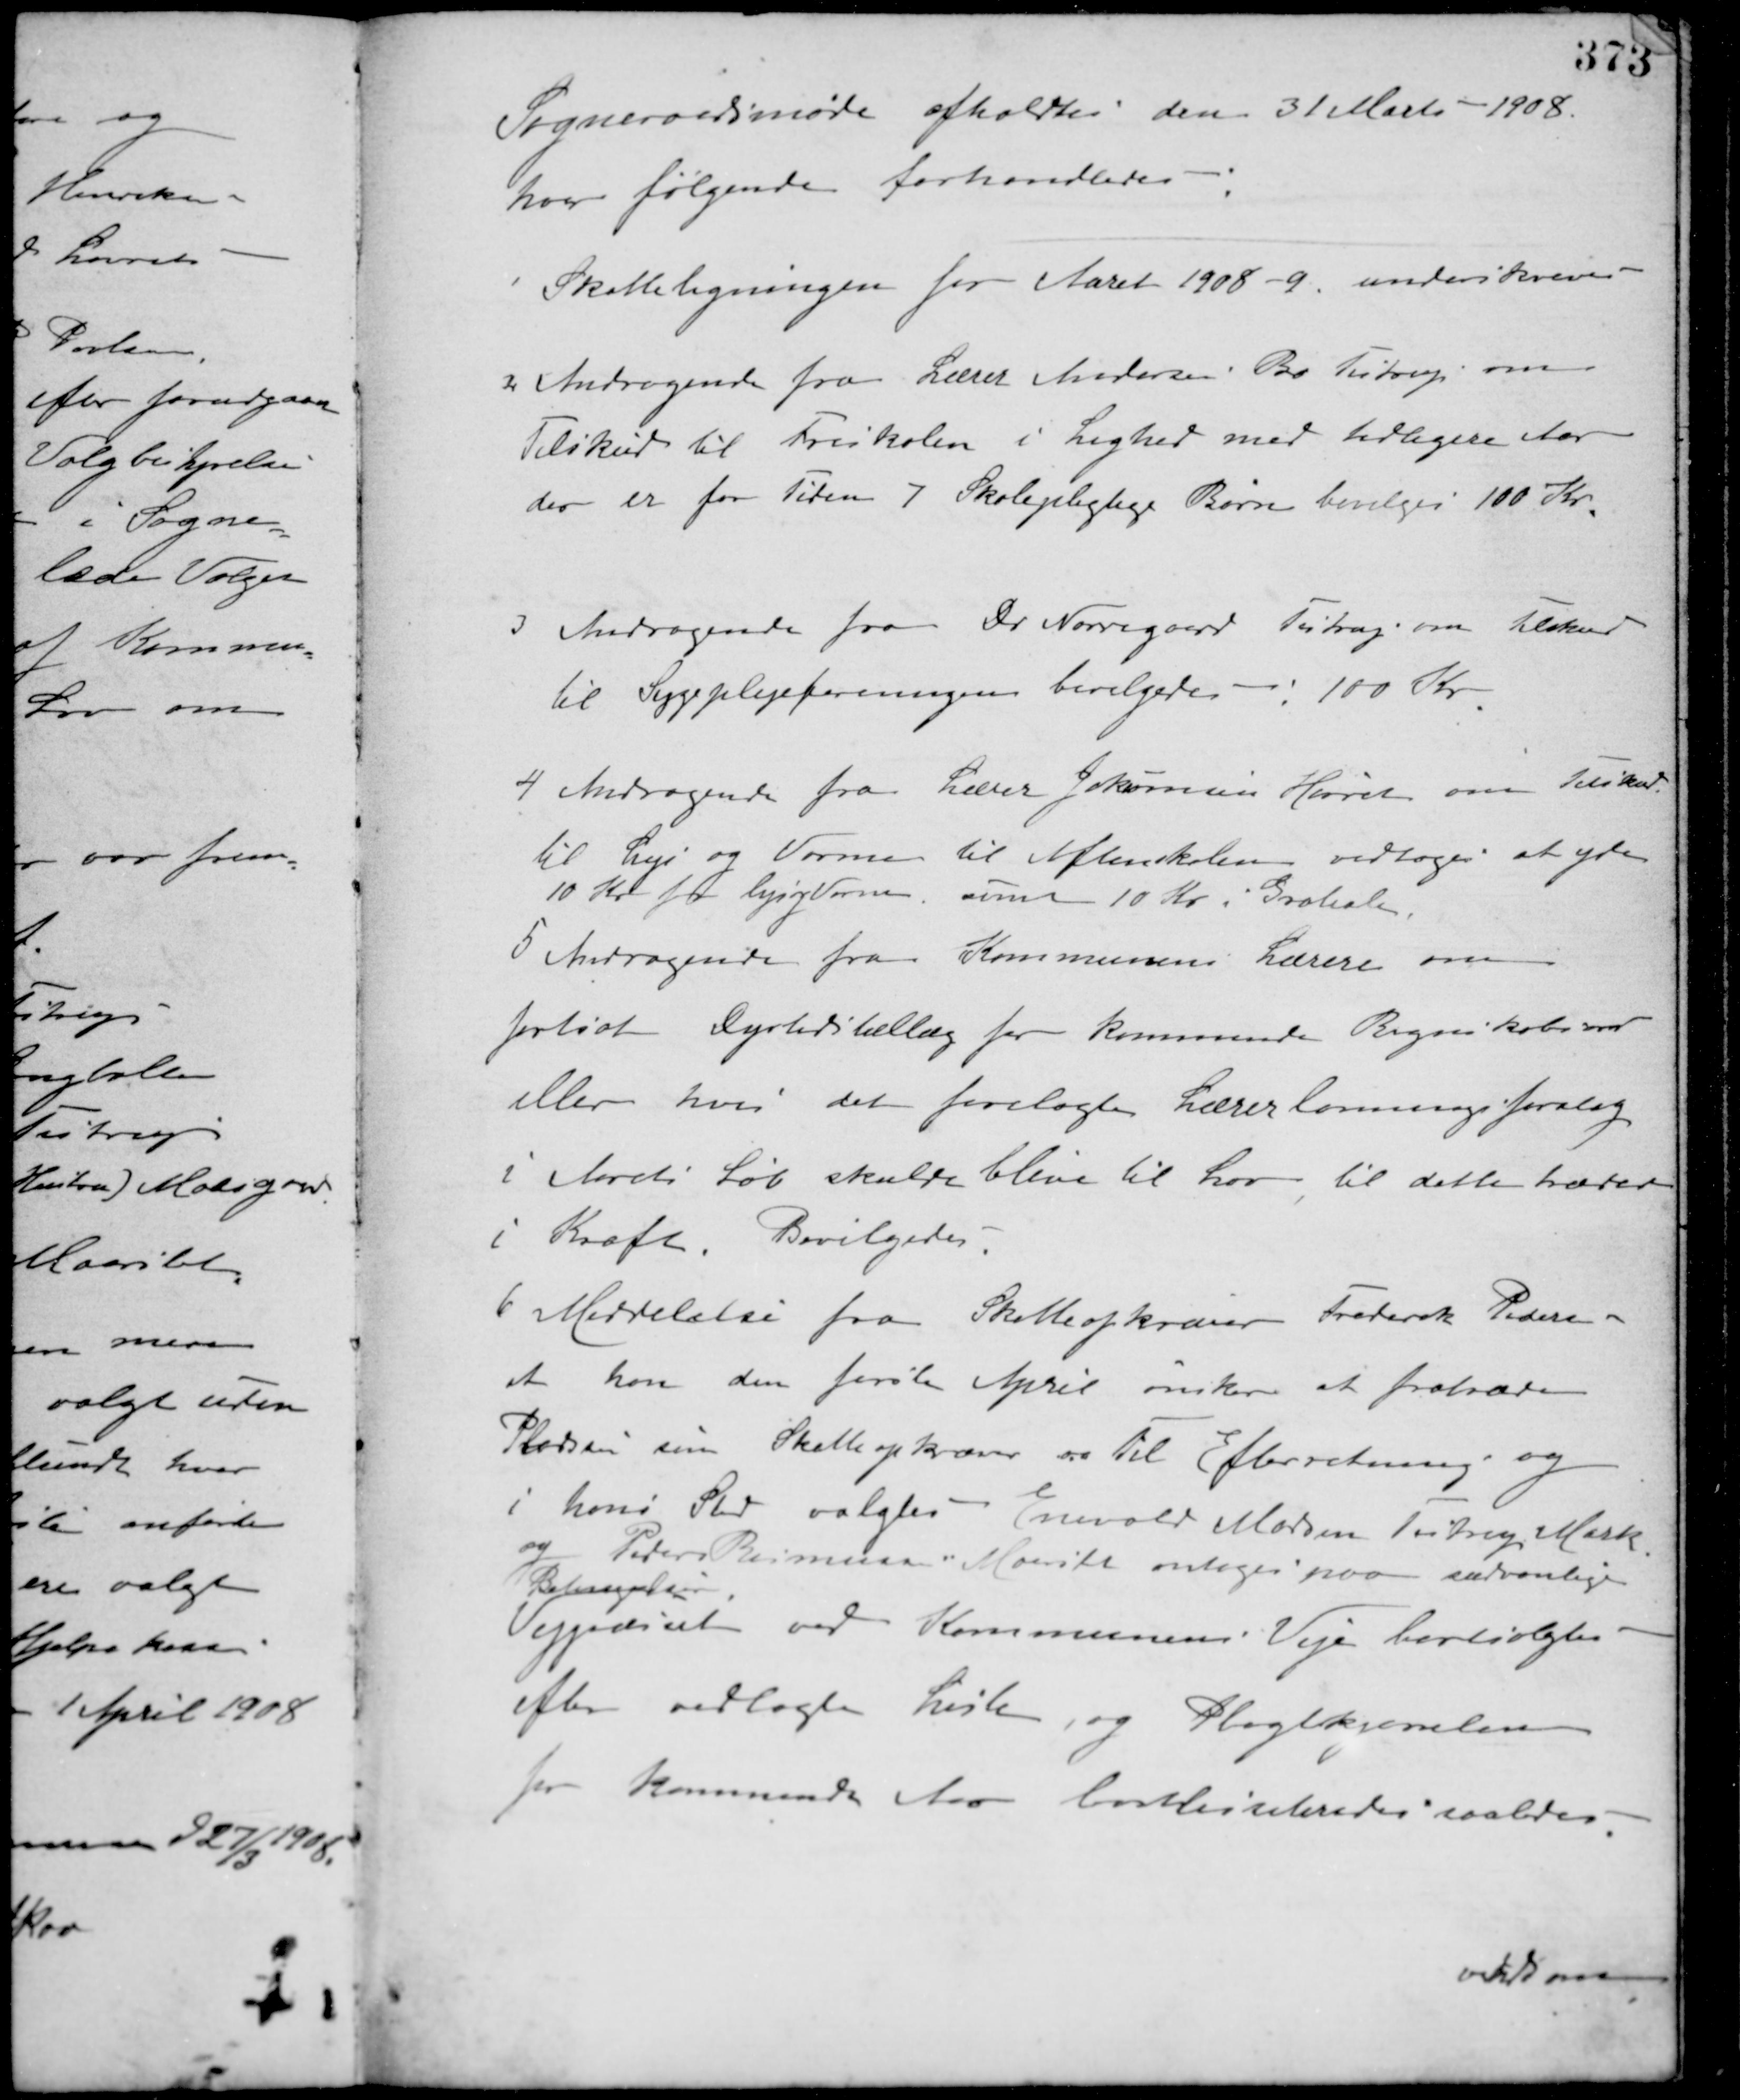
Transskription:
Sogneraadsmøde afholdtes den 31 Marts 1908.
hvor følgende forhandledes:
1 Skatteligningen for Aaret 1908-9 underskreves
2 Andragende fra Lærer Andersen Bo Testrup om
Tilskud til Friskolen i Lighed med tidligere Aar
der er for Tiden 7 Skolepligtige Børn bevilges 100 Kr.
3 Andragende fra Dr Nørregaard Testrup om tilskud
til Sygeplejeforeningen bevilgedes 100 Kr.
4 Andragende fra Lærer Johansen Hørret om Tilskud
til Lys og Varme til Aftenskolen vedtoges at yde
10 Kr. for Lys og Varme, samt 10 Kr i Gratiale.
5 Andragende fra Kommunens Lærere om
fortsat Dyrtidstillæg for kommende Regnskabsaar
eller hvis det forelagte Lærerlønningsforslag
i Aarets Løb skulde blive til Lov til dette træder
i Kraft. Bevilgedes.
6 Meddelelse fra Skatteopkræver Frederik Pedersen
at han den første April ønsker at fratræde
Pladsen som Skatteopkræver - Til Efterretning og
i hans Sted valgtes Enevold Madsen Testrup Mark
og Peder Rasmussen Maarslet antoges paa sædvanlige
Betingelser.
Vejgræsset ved Kommunens Veje bortsolgtes
efter vedlagte Liste, og Pligtkjørselen
for kommende Aar bortliciteredes saaledes
vekon